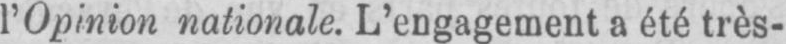
l’Opinion nationale. L’engagement a été très-